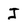
Character: J